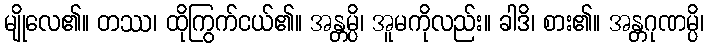
မျိုလေ၏။ တဿ၊ ထိုကြွက်ငယ်၏။ အန္တမ္ပိ၊ အူမကိုလည်း။ ခါဒိ၊ စား၏။ အန္တဂုဏမ္ပိ၊